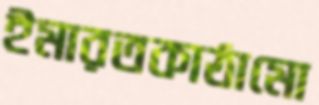
ইমারতকাঠামো